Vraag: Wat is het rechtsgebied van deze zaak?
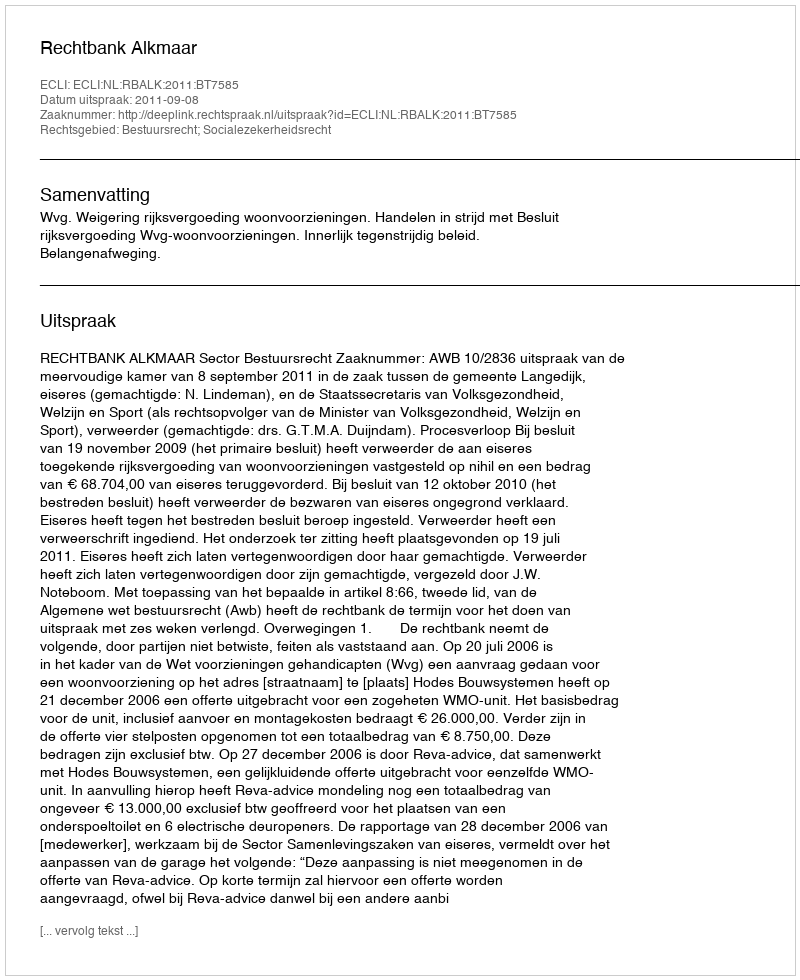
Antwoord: Bestuursrecht; Socialezekerheidsrecht